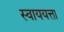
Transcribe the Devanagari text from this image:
स्वाययत्ता